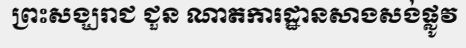
ព្រះសង្ឃរាជ ជួន ណាតការដ្ឋានសាងសង់ផ្លូវ